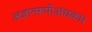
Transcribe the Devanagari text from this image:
अज्ञानरूपीअंधकार